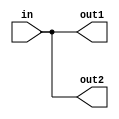
/*
 * Copyright 2018-2024 ISP RAS (http://www.ispras.ru)
 *
 * Licensed under the Apache License, Version 2.0 (the "License");
 * you may not use this file except in compliance with the License.
 * You may obtain a copy of the License at
 *
 *     http://www.apache.org/licenses/LICENSE-2.0
 *
 * Unless required by applicable law or agreed to in writing, software
 * distributed under the License is distributed on an "AS IS" BASIS,
 * WITHOUT WARRANTIES OR CONDITIONS OF ANY KIND, either express or implied.
 * See the License for the specific language governing permissions and
 * limitations under the License.
 */

// IEEE Std 1364-2005
//   7. Gate- and switch-level modeling
//     7.3 buf and not gates
//       The following example declares a two-output buf. The input is in. The outputs are out1
//       and out2. The instance name is b1.

module test(in, out1, out2);
  input in;
  output out1, out2;
  buf b1 (out1, out2, in);
endmodule